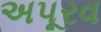
અપૂરવ